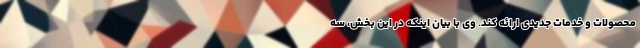
محصولات و خدمات جدیدی ارائه کند. وی با بیان اینکه در این بخش، سه